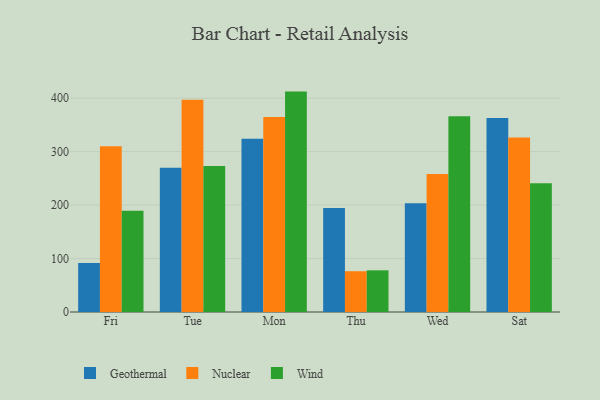
{"axis": {"x": "Day", "y": "Operating Costs (USD K)"}, "legend": ["Geothermal", "Nuclear", "Wind"], "data": [{"x": "Fri", "y": 91.7, "type": "Geothermal"}, {"x": "Fri", "y": 310.0, "type": "Nuclear"}, {"x": "Fri", "y": 189.4, "type": "Wind"}, {"x": "Tue", "y": 270.0, "type": "Geothermal"}, {"x": "Tue", "y": 397.1, "type": "Nuclear"}, {"x": "Tue", "y": 273.4, "type": "Wind"}, {"x": "Mon", "y": 324.0, "type": "Geothermal"}, {"x": "Mon", "y": 364.7, "type": "Nuclear"}, {"x": "Mon", "y": 412.4, "type": "Wind"}, {"x": "Thu", "y": 194.6, "type": "Geothermal"}, {"x": "Thu", "y": 76.3, "type": "Nuclear"}, {"x": "Thu", "y": 78.0, "type": "Wind"}, {"x": "Wed", "y": 203.3, "type": "Geothermal"}, {"x": "Wed", "y": 258.1, "type": "Nuclear"}, {"x": "Wed", "y": 366.5, "type": "Wind"}, {"x": "Sat", "y": 362.8, "type": "Geothermal"}, {"x": "Sat", "y": 326.6, "type": "Nuclear"}, {"x": "Sat", "y": 240.7, "type": "Wind"}]}